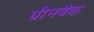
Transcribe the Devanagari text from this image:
ग्रीनबैक